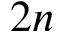
2 n